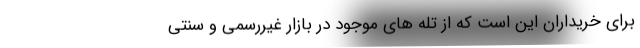
برای خریداران این است که از تله های موجود در بازار غیررسمی و سنتی